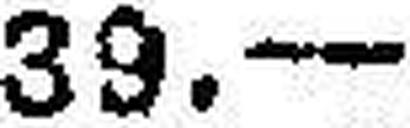
39.—